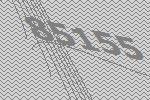
85155